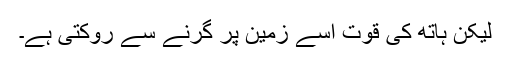
لیکن ہاتھ کی قوت اسے زمین پر گرنے سے روکتی ہے۔